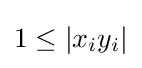
1\leq |x_{i}y_{i}|